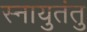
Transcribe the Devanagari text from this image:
स्नायुतंतु